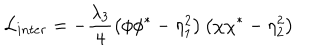
{ \cal L } _ { i n t e r } = - \frac { \lambda _ { 3 } } { 4 } \left( \phi \phi ^ { * } - \eta _ { 1 } ^ { 2 } \right) \left( \chi \chi ^ { * } - \eta _ { 2 } ^ { 2 } \right)